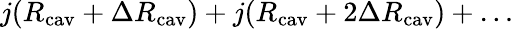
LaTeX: j(R_{\mathrm{cav}}+\Delta R_{\mathrm{cav}})+j(R_{\mathrm{cav}}+2\Delta R_{\mathrm{cav}})+\ldots